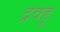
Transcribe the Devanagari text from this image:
द्रवहु